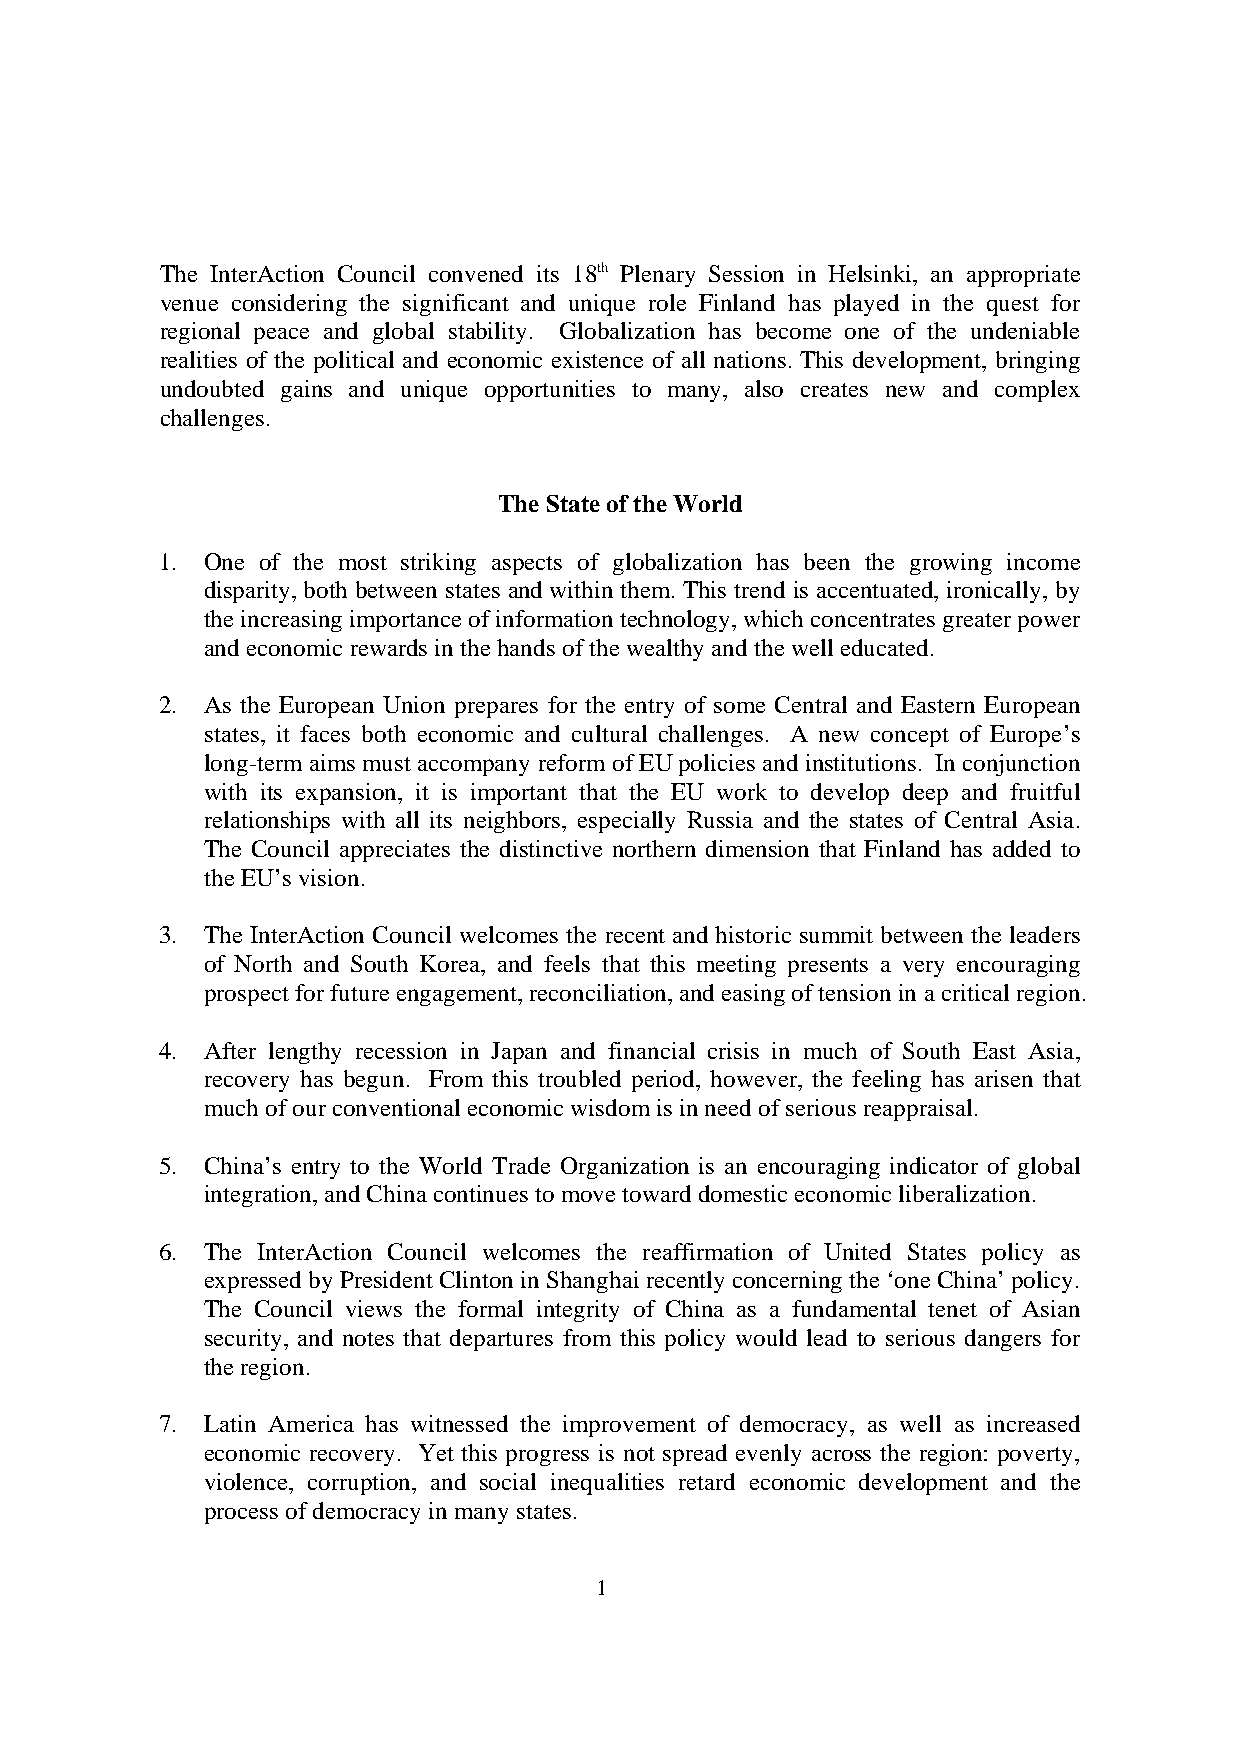
The InterAction Council convened its 18th Plenary Session in Helsinki, an appropriate
 venue considering the significant and unique role Finland has played in the quest for
 regional peace and global stability. Globalization has become one of the undeniable
 realities of the political and economic existence of all nations. This development, bringing
 undoubted gains and unique opportunities to many, also creates new and complex
 challenges.
 The State of the World
 1.  One of the most striking aspects of globalization has been the growing income
 disparity, both between states and within them. This trend is accentuated, ironically, by
 the increasing importance of information technology, which concentrates greater power
 and economic rewards in the hands of the wealthy and the well educated.
 2.  As the European Union prepares for the entry of some Central and Eastern European
 states, it faces both economic and cultural challenges. A new concept of Europe’s
 long-term aims must accompany reform of EU policies and institutions. In conjunction
 with its expansion, it is important that the EU work to develop deep and fruitful
 relationships with all its neighbors, especially Russia and the states of Central Asia.
 The Council appreciates the distinctive northern dimension that Finland has added to
 the EU’s vision.
 3.  The InterAction Council welcomes the recent and historic summit between the leaders
 of North and South Korea, and feels that this meeting presents a very encouraging
 prospect for future engagement, reconciliation, and easing of tension in a critical region.
 4.  After lengthy recession in Japan and financial crisis in much of South East Asia,
 recovery has begun. From this troubled period, however, the feeling has arisen that
 much of our conventional economic wisdom is in need of serious reappraisal.
 5.  China’s entry to the World Trade Organization is an encouraging indicator of global
 integration, and China continues to move toward domestic economic liberalization.
 6.  The InterAction Council welcomes the reaffirmation of United States policy as
 expressed by President Clinton in Shanghai recently concerning the ‘one China’ policy.
 The Council views the formal integrity of China as a fundamental tenet of Asian
 security, and notes that departures from this policy would lead to serious dangers for
 the region.
 7.  Latin America has witnessed the improvement of democracy, as well as increased
 economic recovery. Yet this progress is not spread evenly across the region: poverty,
 violence, corruption, and social inequalities retard economic development and the
 process of democracy in many states.
 1